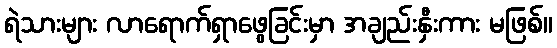
ရဲသားများ လာရောက်ရှာဖွေခြင်းမှာ အချည်းနှီးကား မဖြစ်။